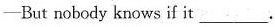
-But nobody knows if it ___.